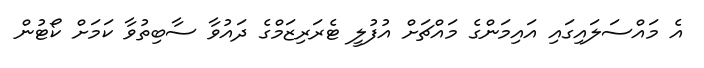
އެ މައްސަލައިގައި އައިމަންގެ މައްޗަށް އުފުލީ ޓެރަރިޒަމްގެ ދައުވާ ސާބިތުވާ ކަމަށް ކޯޓުން